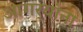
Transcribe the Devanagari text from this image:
आगर्‍यांना